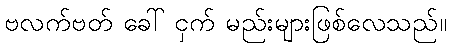
ဗလက်ဗတ် ခေါ် ငှက် မည်းများဖြစ်လေသည်။